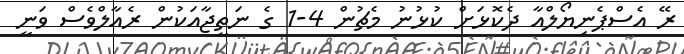
ރޭ އެސްޕެނިޔޯލްއާ ދެކޮޅަށް ކުޅުނު މެޗުން 4-1 ގެ ނަތީޖާއަކުން ރެއާލްވެސް ވަނީ